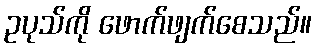
ဥပုသ်ကို ဖောက်ဖျက်စေသည်။